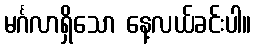
မင်္ဂလာရှိသော နေ့လယ်ခင်းပါ။